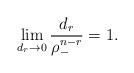
LaTeX: \begin{align*}\lim_{d_r \to 0} \frac{d_r}{\rho_-^{n-r}} = 1.\end{align*}